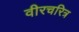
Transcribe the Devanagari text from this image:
वीरचरित्र